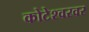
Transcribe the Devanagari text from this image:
कोटेश्वरवर